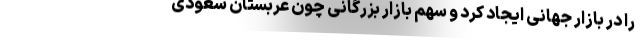
را در بازار جهانی ایجاد کرد و سهم بازار بزرگانی چون عربستان سعودی